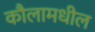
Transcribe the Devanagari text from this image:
कौलामधील